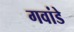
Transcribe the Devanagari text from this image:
गवांडे